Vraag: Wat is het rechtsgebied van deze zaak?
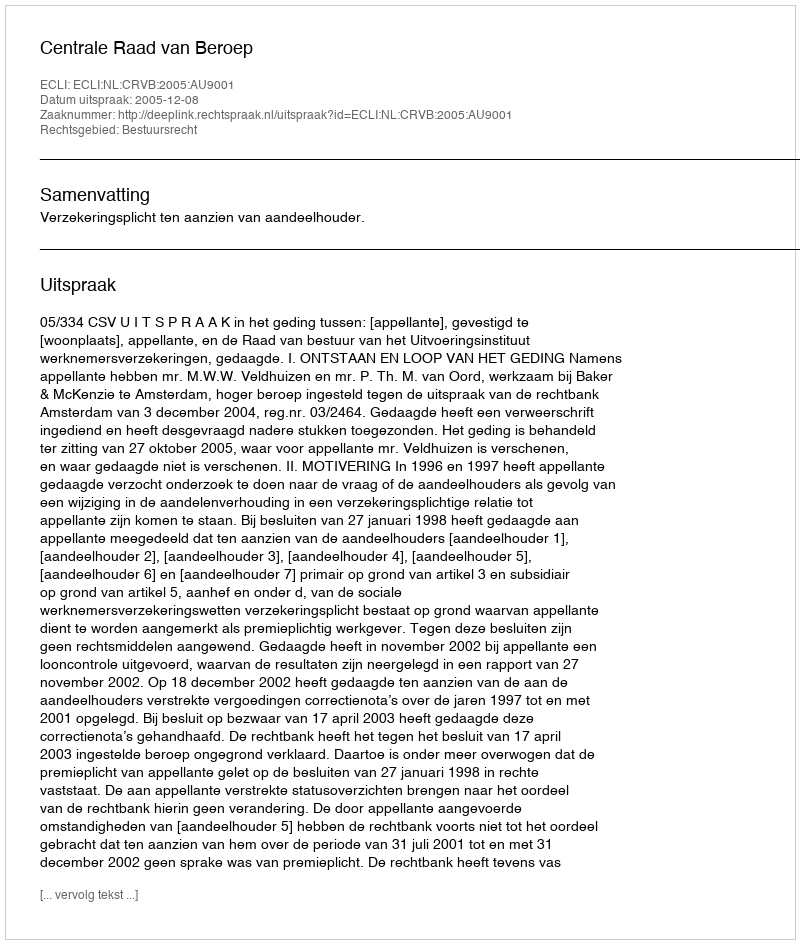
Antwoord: Bestuursrecht